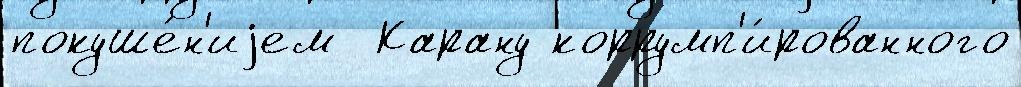
покуше́н'иjем  Карану коррумп'и́рованного